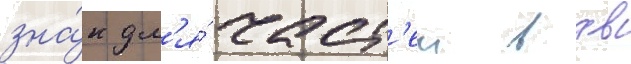
зна́к дл'я́ част'еи вдв